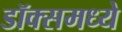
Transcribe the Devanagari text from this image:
डॉक्समध्ये